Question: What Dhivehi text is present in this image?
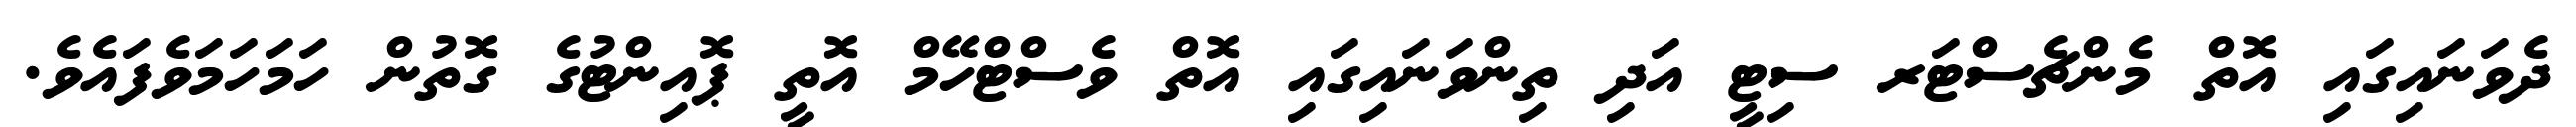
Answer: ދެވަނައިގައި އޮތް މެންޗެސްޓަރ ސިޓީ އަދި ތިންވަނައިގައި އޮތް ވެސްޓްހޭމް އޮތީ ޕޮއިންޓުގެ ގޮތުން ހަމަހަމަވެފައެވެ.